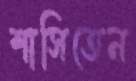
শাসিতেন